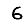
Digit: 6